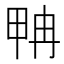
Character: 𰣂